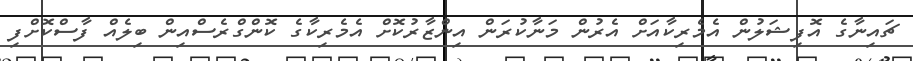
ޗައިނާގެ އޮފިޝަލުން އެމެރިކާއަށް އެރުން މަނާކުރަން އިންޒާރުކޮށް އެމެރިކާގެ ކޮންގްރެސްއިން ބިލެއް ފާސްކޮށްފި